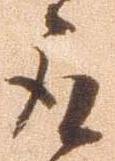
取